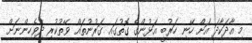
މި އާދަކާދަ އަށް ހޭނި ހަރުބީ އަޅުންގެ ގޮތުގައި ގަރުނުތައް ވޭތުކުރި ދިވެހިންނަށް